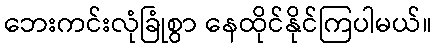
ဘေးကင်းလုံခြုံစွာ နေထိုင်နိုင်ကြပါမယ်။